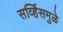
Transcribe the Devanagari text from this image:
सर्व्हिसमुळे